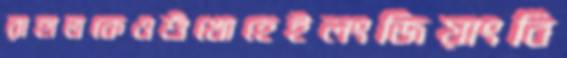
রাহাতকেওশুঁখোহেইলংজিয়াংবি